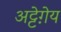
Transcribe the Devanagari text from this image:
अट्टेग़ेय